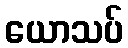
ယောသပ်